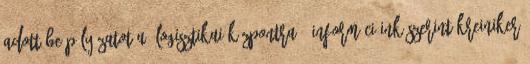
adott be pályázatot a „logisztikai központra". Információink szerint Kreiniker